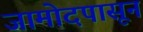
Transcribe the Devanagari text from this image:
जामोदपासून